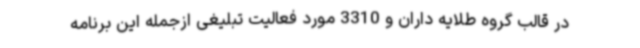
در قالب گروه طلایه داران و 3310 مورد فعالیت تبلیغی ازجمله این برنامه